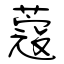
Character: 蔻